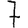
Digit: 7